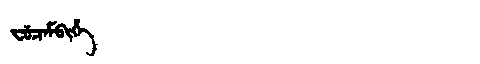
Manchu: ᠸᡠᠴᡝᠮᠪᡳᡥᡝ
Romanization: FUCEMBIHE